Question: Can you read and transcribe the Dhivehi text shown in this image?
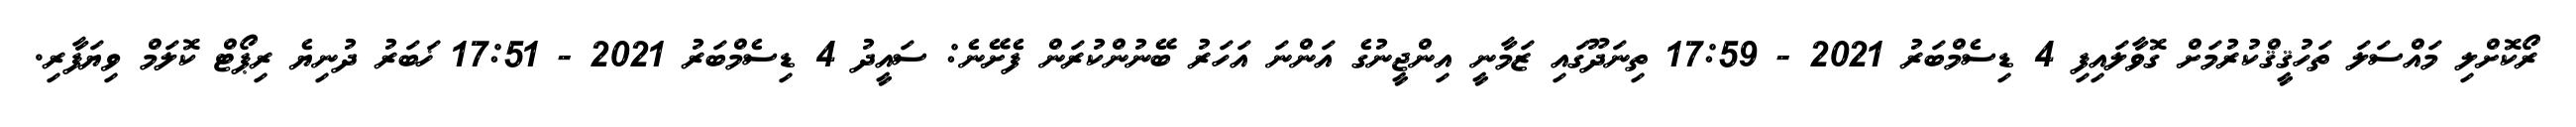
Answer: ރޯކޮށްލި މައްސަލަ ތަހުޤީޤްކުރުމަށް ގޮވާލައިފި 4 ޑިސެމްބަރު 2021 - 17:59 ތިނަދޫގައި ޒަމާނީ އިންޖީނުގެ އަންނަ އަހަރު ބޭނުންކުރަން ފެށޭނެ: ސައީދު 4 ޑިސެމްބަރު 2021 - 17:51 ޚަބަރު ދުނިޔެ ރިޕޯޓް ކޮލަމް ވިޔަފާރި.